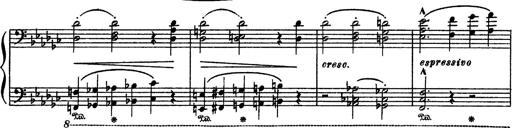
Title: Sarabande und Chaconne aus dem Singspiel
Composer: Franz Liszt